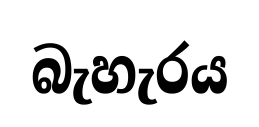
බැහැරය